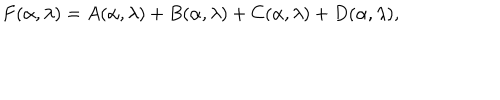
F ( \alpha , \lambda ) = A ( \alpha , \lambda ) + B ( \alpha , \lambda ) + C ( \alpha , \lambda ) + D ( \alpha , \lambda ) ,